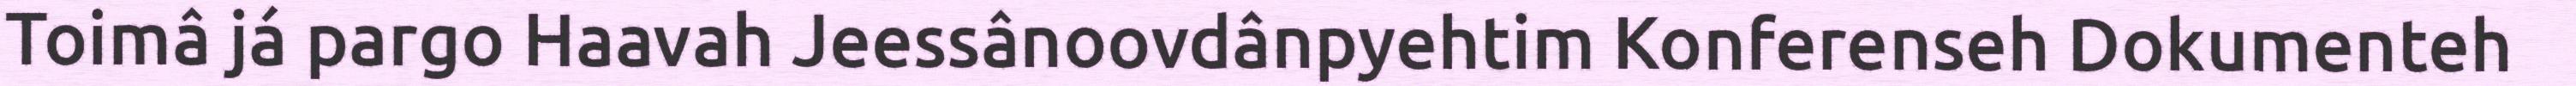
Toimâ já pargo Haavah Jeessânoovdânpyehtim Konferenseh Dokumenteh